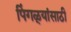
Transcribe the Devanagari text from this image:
पिंगळ्यांसाठी